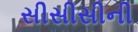
સીસીસીની